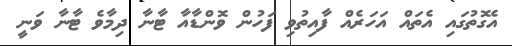
އެގޮތުގައި އެތައް އަހަރެއް ފާއިތުވި ފަހުން ވޮންޑާއާ ޓާނާ ދިމާވެ ޓާނާ ވަނީ